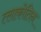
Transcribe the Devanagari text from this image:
त्लाकोतिन